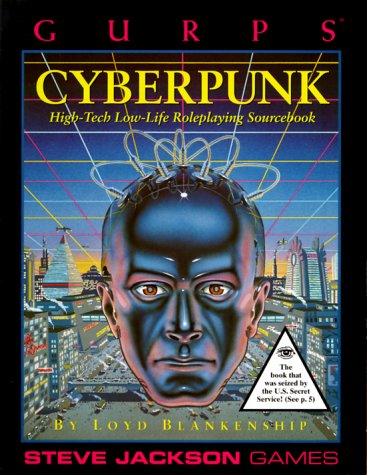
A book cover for Gurps Cyberpunk: High-Tech Low-Life Roleplaying; Loyd Blankenship; Science Fiction & Fantasy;